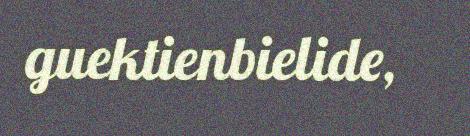
guektienbielide,